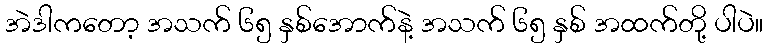
အဲဒါကတော့ အသက် ၆၅ နှစ်အောက်နဲ့ အသက် ၆၅ နှစ် အထက်တို့ ပါပဲ။